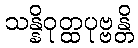
သန္နိဝုတ္ထပုဗ္ဗန္တိ